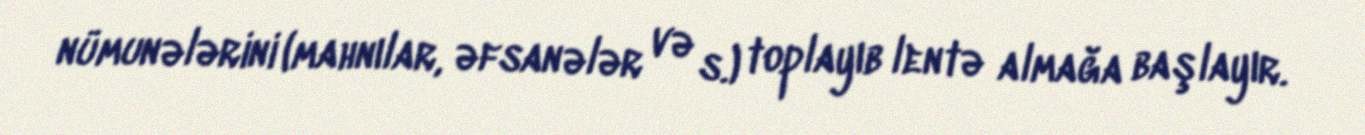
nümunələrini (mahnılar, əfsanələr və s.) toplayıb lentə almağa başlayır.